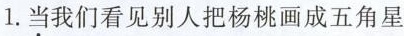
1.当我们看见别人把杨桃画成五角星